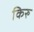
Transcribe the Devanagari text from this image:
किरु